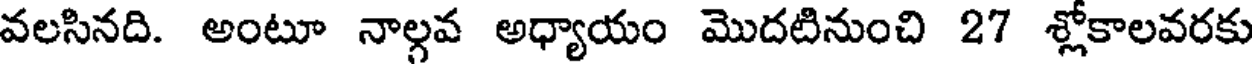
వలసినది. అంటూ నాల్లవ అధ్యాయం మొదటినుంచి 27 శ్లోకాలవరకు